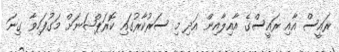
ރައީސް އާއި ރައީސްގެ އާއިލާއިން އަދި މި ސަރުކާރުގައި ކޮރަޕްޝަނަށް މަގުފަހިވާ ގިނަ